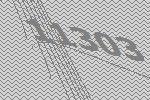
11303